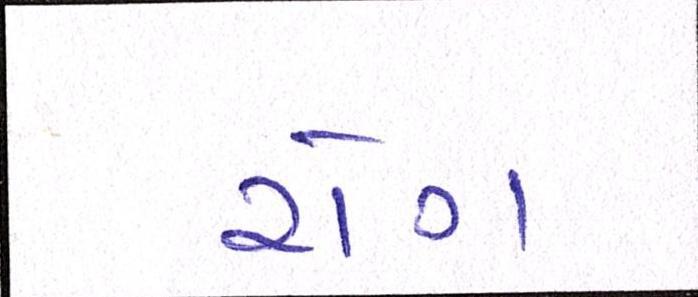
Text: રોગ